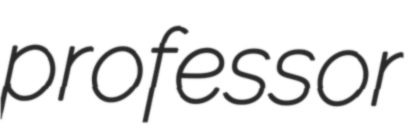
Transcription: professor